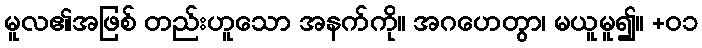
မူလ၏အဖြစ် တည်းဟူသော အနက်ကို။ အဂဟေတွာ၊ မယူမူ၍။ +၀၁